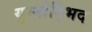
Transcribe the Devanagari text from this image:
युग्मोद्भिद